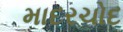
માદરચોદ